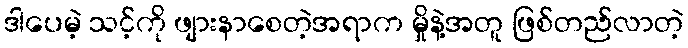
ဒါပေမဲ့ သင့်ကို ဖျားနာစေတဲ့အရာက မှိုနဲ့အတူ ဖြစ်တည်လာတဲ့